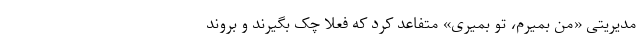
مدیریتی «من بمیرم، تو بمیری» متفاعد کرد که فعلاً چک بگیرند و بروند